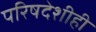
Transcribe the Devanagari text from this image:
परिषदेशीही